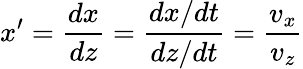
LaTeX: x^{\prime}=\frac{dx}{dz}=\frac{dx/dt}{dz/dt}=\frac{v_{x}}{v_{z}}